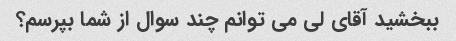
ببخشید آقای لی می توانم چند سوال از شما بپرسم؟